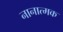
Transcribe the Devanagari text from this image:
नानात्मक